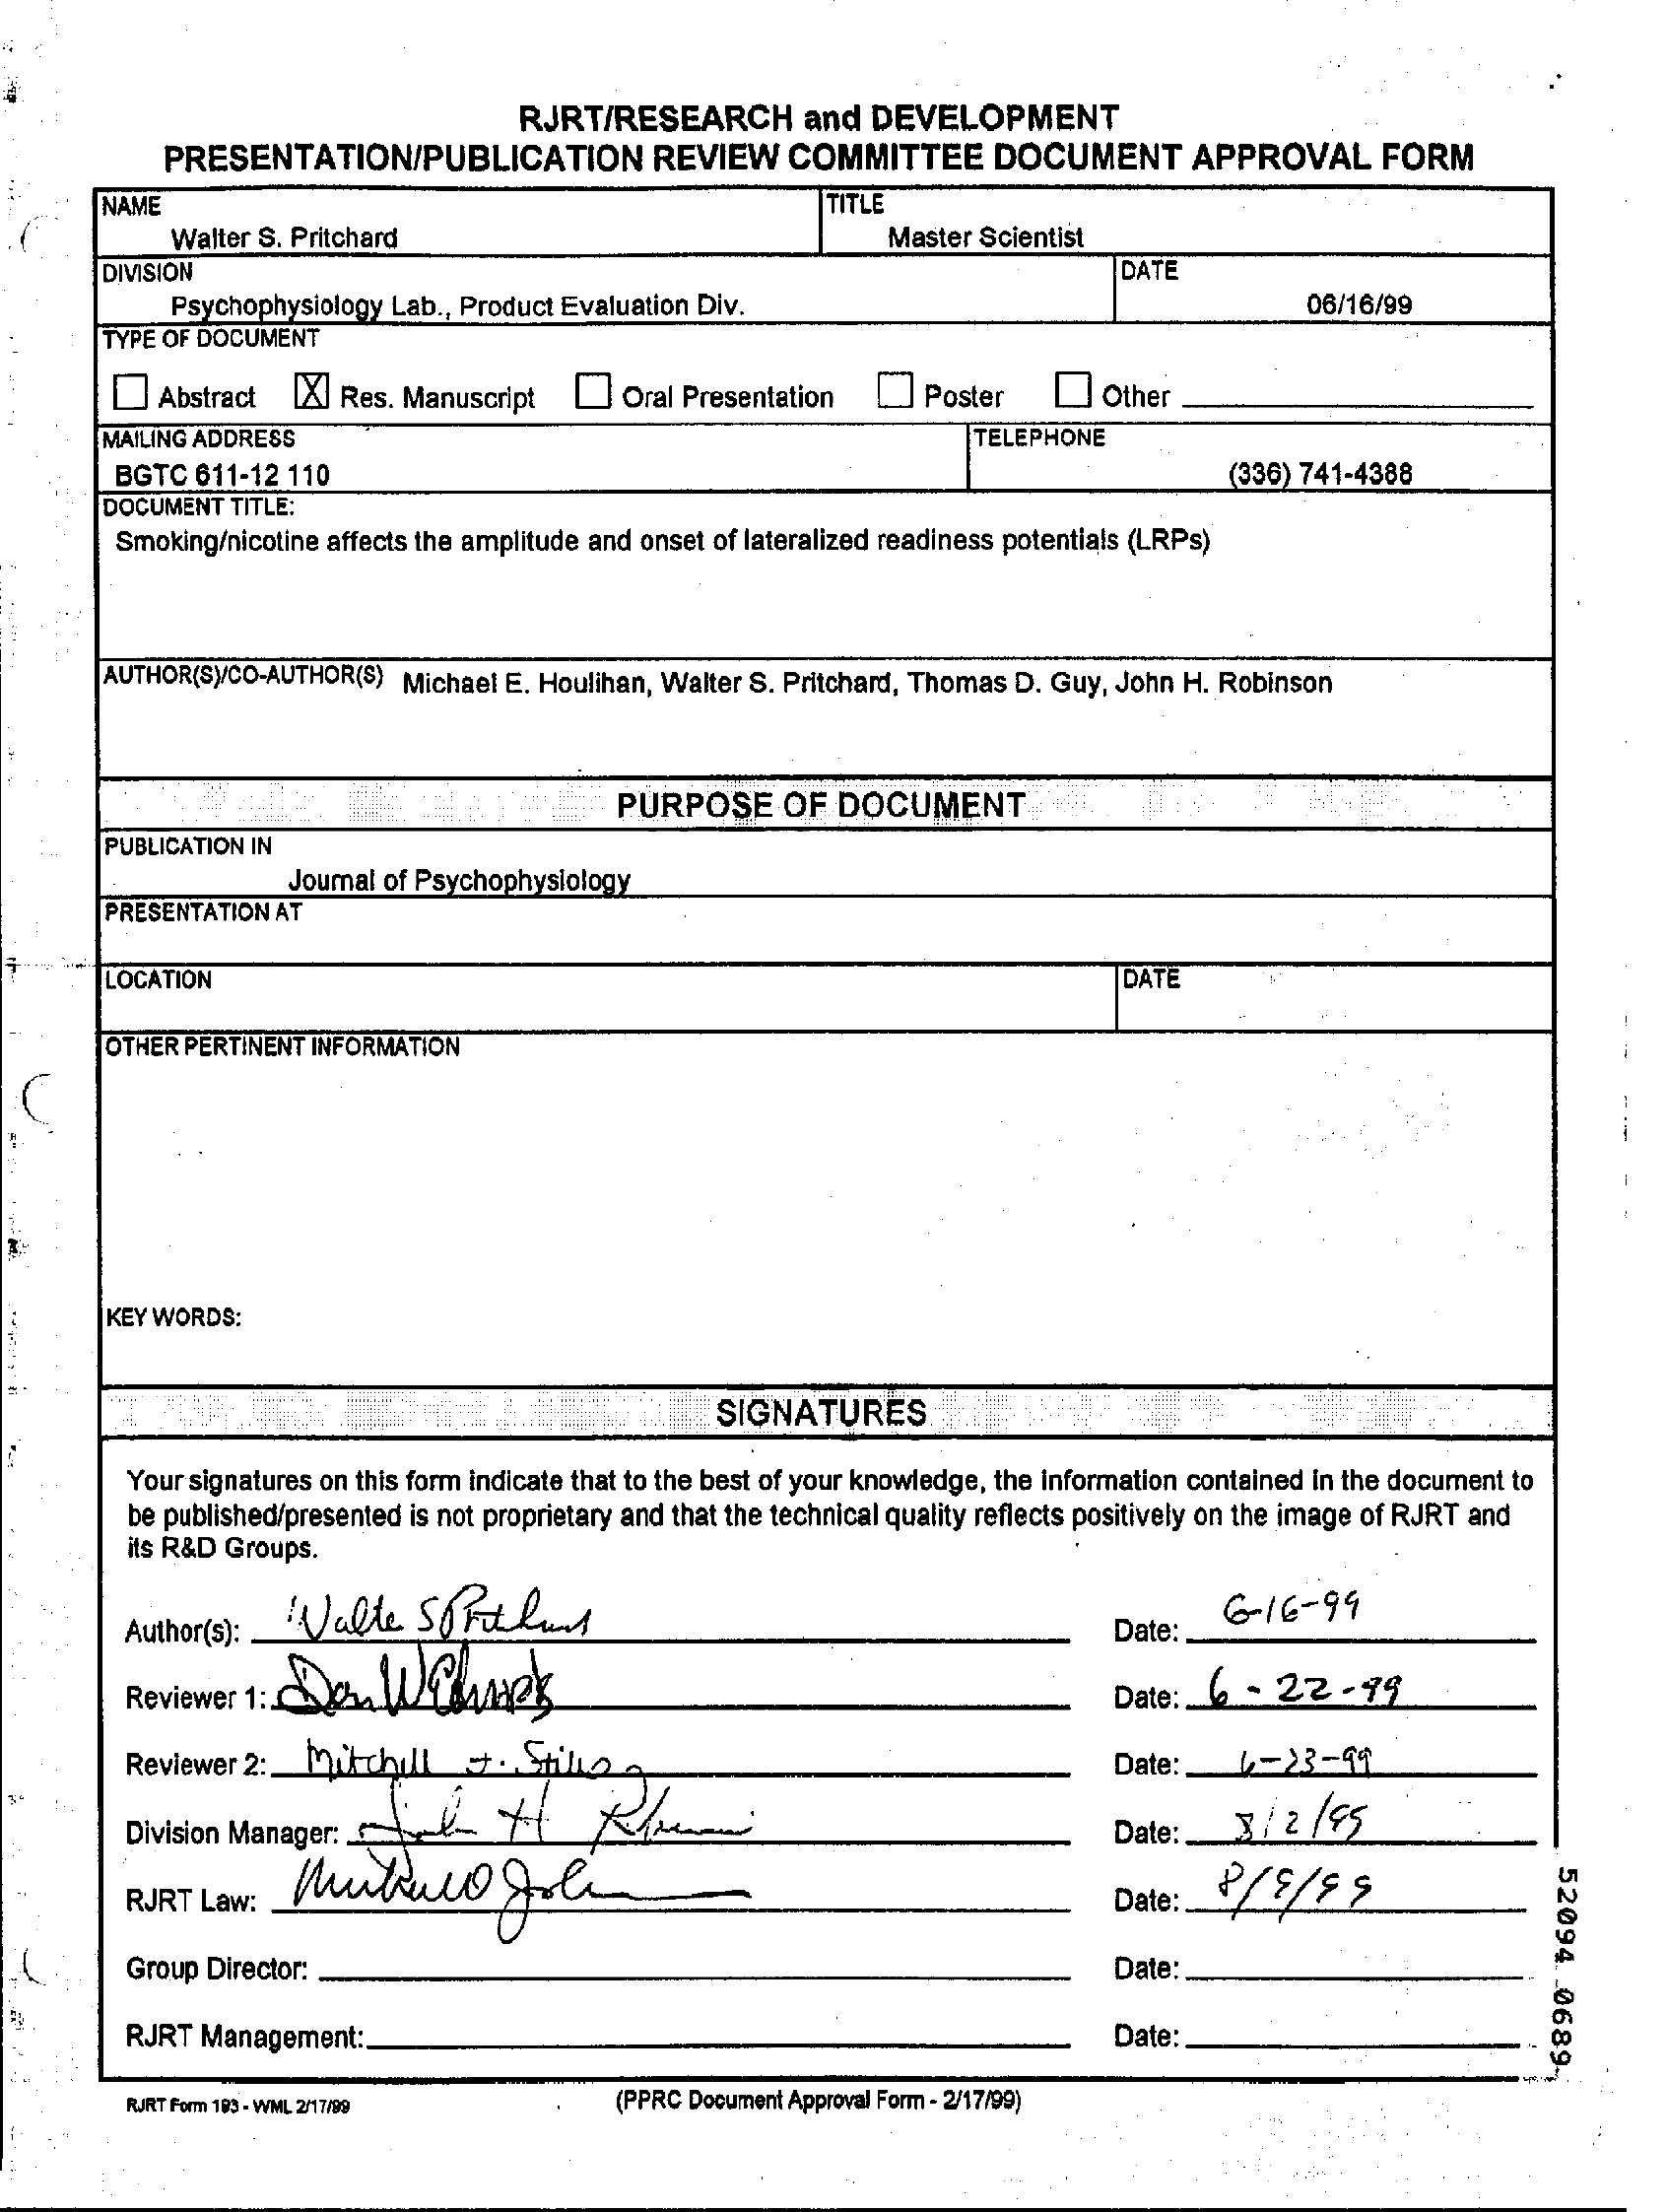
RJRT/RESEARCH    and  DEVELOPMENT
     PRESENTATION/PUBLICATION    REVIEW    COMMITTEE    DOCUMENT    APPROVAL    FORM
     NAME    TITLE
     Walter S. Pritchard    Master Scientist
     DIVISION    DATE
     Psychophysiology Lab ., Product Evaluation Div.    06/16/99
     TYPE OF DOCUMENT
     Abstract  [X] Res. Manuscript    ] Oral Presentation   Poster    Other
     MAILING ADDRESS    TELEPHONE
     BGTC  611-12 110    (336) 741-4388
     DOCUMENT TITLE:
     Smoking/nicotine affects the amplitude and onset of lateralized readiness potentials (LRPs)
     AUTHOR(S)/CO-AUTHOR(S) Michael E. Houlihan, Walter S. Pritchard, Thomas D. Guy, John H. Robinson
     PURPOSE    OF  DOCUMENT
     PUBLICATION IN
     Joumal of Psychophysiology
     PRESENTATION AT
     LOCATION    DATE
     OTHER PERTINENT INFORMATION
  C
     KEY WORDS:
     SIGNATURES
     Your signatures on this form indicate that to the best of your knowledge, the information contained in the document to
     its R&D Groups.
     be published/presented is not proprietary and that the technical quality reflects positively on the image of RJRT and
     Author(s): Walte    Sontles
     Date:
     6-16-  99
     Reviewer 1:    24Whack    Date: 6  - 22-78
     Reviewer 2:  Mitchell    . Stille    Date:   4-23-99
     Division Manager:    Date :__ 3/ 2/  95
     52094
     .0689
     -;
     RJRT Law:
     8 / 8 / 89 Date:
     Group Director:    Date:
     RJRT Management:    Date:
     RJRT Form 193 - WML 2/17/99    (PPRC Document Approval Form - 2/17/99)